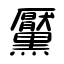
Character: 黶